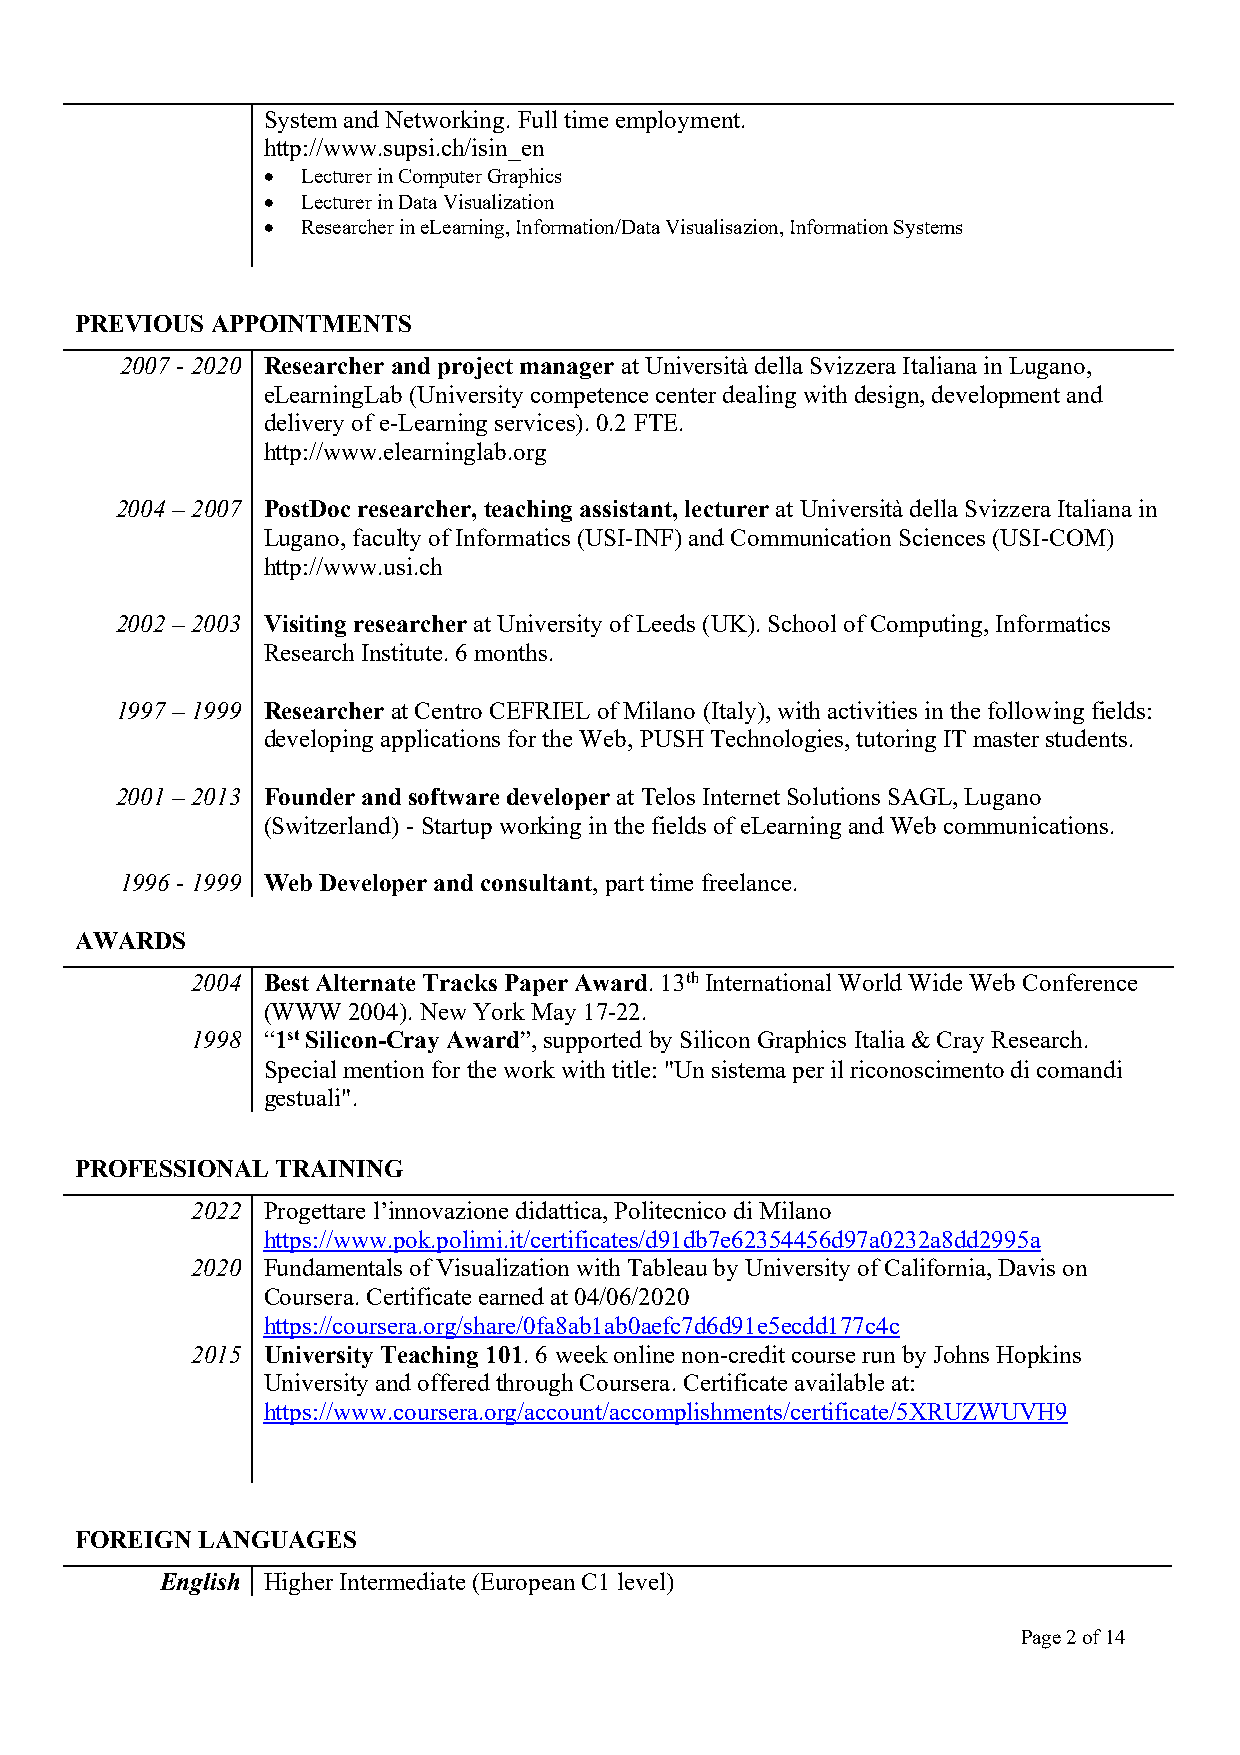
System and Networking. Full time employment.
 http://www.supsi.ch/isin_en
 •  Lecturer in Computer Graphics
 •  Lecturer in Data Visualization
 •  Researcher in eLearning, Information/Data Visualisazion, Information Systems
 PREVIOUS APPOINTMENTS
 2007 - 2020 Researcher and project manager at Università della Svizzera Italiana in Lugano,
 eLearningLab (University competence center dealing with design, development and
 delivery of e-Learning services). 0.2 FTE.
 http://www.elearninglab.org
 2004 – 2007 PostDoc researcher, teaching assistant, lecturer at Università della Svizzera Italiana in
 Lugano, faculty of Informatics (USI-INF) and Communication Sciences (USI-COM)
 http://www.usi.ch
 2002 – 2003 Visiting researcher at University of Leeds (UK). School of Computing, Informatics
 Research Institute. 6 months.
 1997 – 1999 Researcher at Centro CEFRIEL of Milano (Italy), with activities in the following fields:
 developing applications for the Web, PUSH Technologies, tutoring IT master students.
 2001 – 2013 Founder and software developer at Telos Internet Solutions SAGL, Lugano
 (Switzerland) - Startup working in the fields of eLearning and Web communications.
 1996 - 1999 Web Developer and consultant, part time freelance.
 AWARDS
 2004 Best Alternate Tracks Paper Award. 13th International World Wide Web Conference
 (WWW  2004). New York May 17-22.
 1998 “1st Silicon-Cray Award”, supported by Silicon Graphics Italia & Cray Research.
 Special mention for the work with title: "Un sistema per il riconoscimento di comandi
 gestuali".
 PROFESSIONAL TRAINING
 2022 Progettare l’innovazione didattica, Politecnico di Milano
 https://www.pok.polimi.it/certificates/d91db7e62354456d97a0232a8dd2995a
 2020 Fundamentals of Visualization with Tableau by University of California, Davis on
 Coursera. Certificate earned at 04/06/2020
 https://coursera.org/share/0fa8ab1ab0aefc7d6d91e5ecdd177c4c
 2015 University Teaching 101. 6 week online non-credit course run by Johns Hopkins
 University and offered through Coursera. Certificate available at:
 https://www.coursera.org/account/accomplishments/certificate/5XRUZWUVH9
 FOREIGN LANGUAGES
 English Higher Intermediate (European C1 level)
 Page 2 of 14